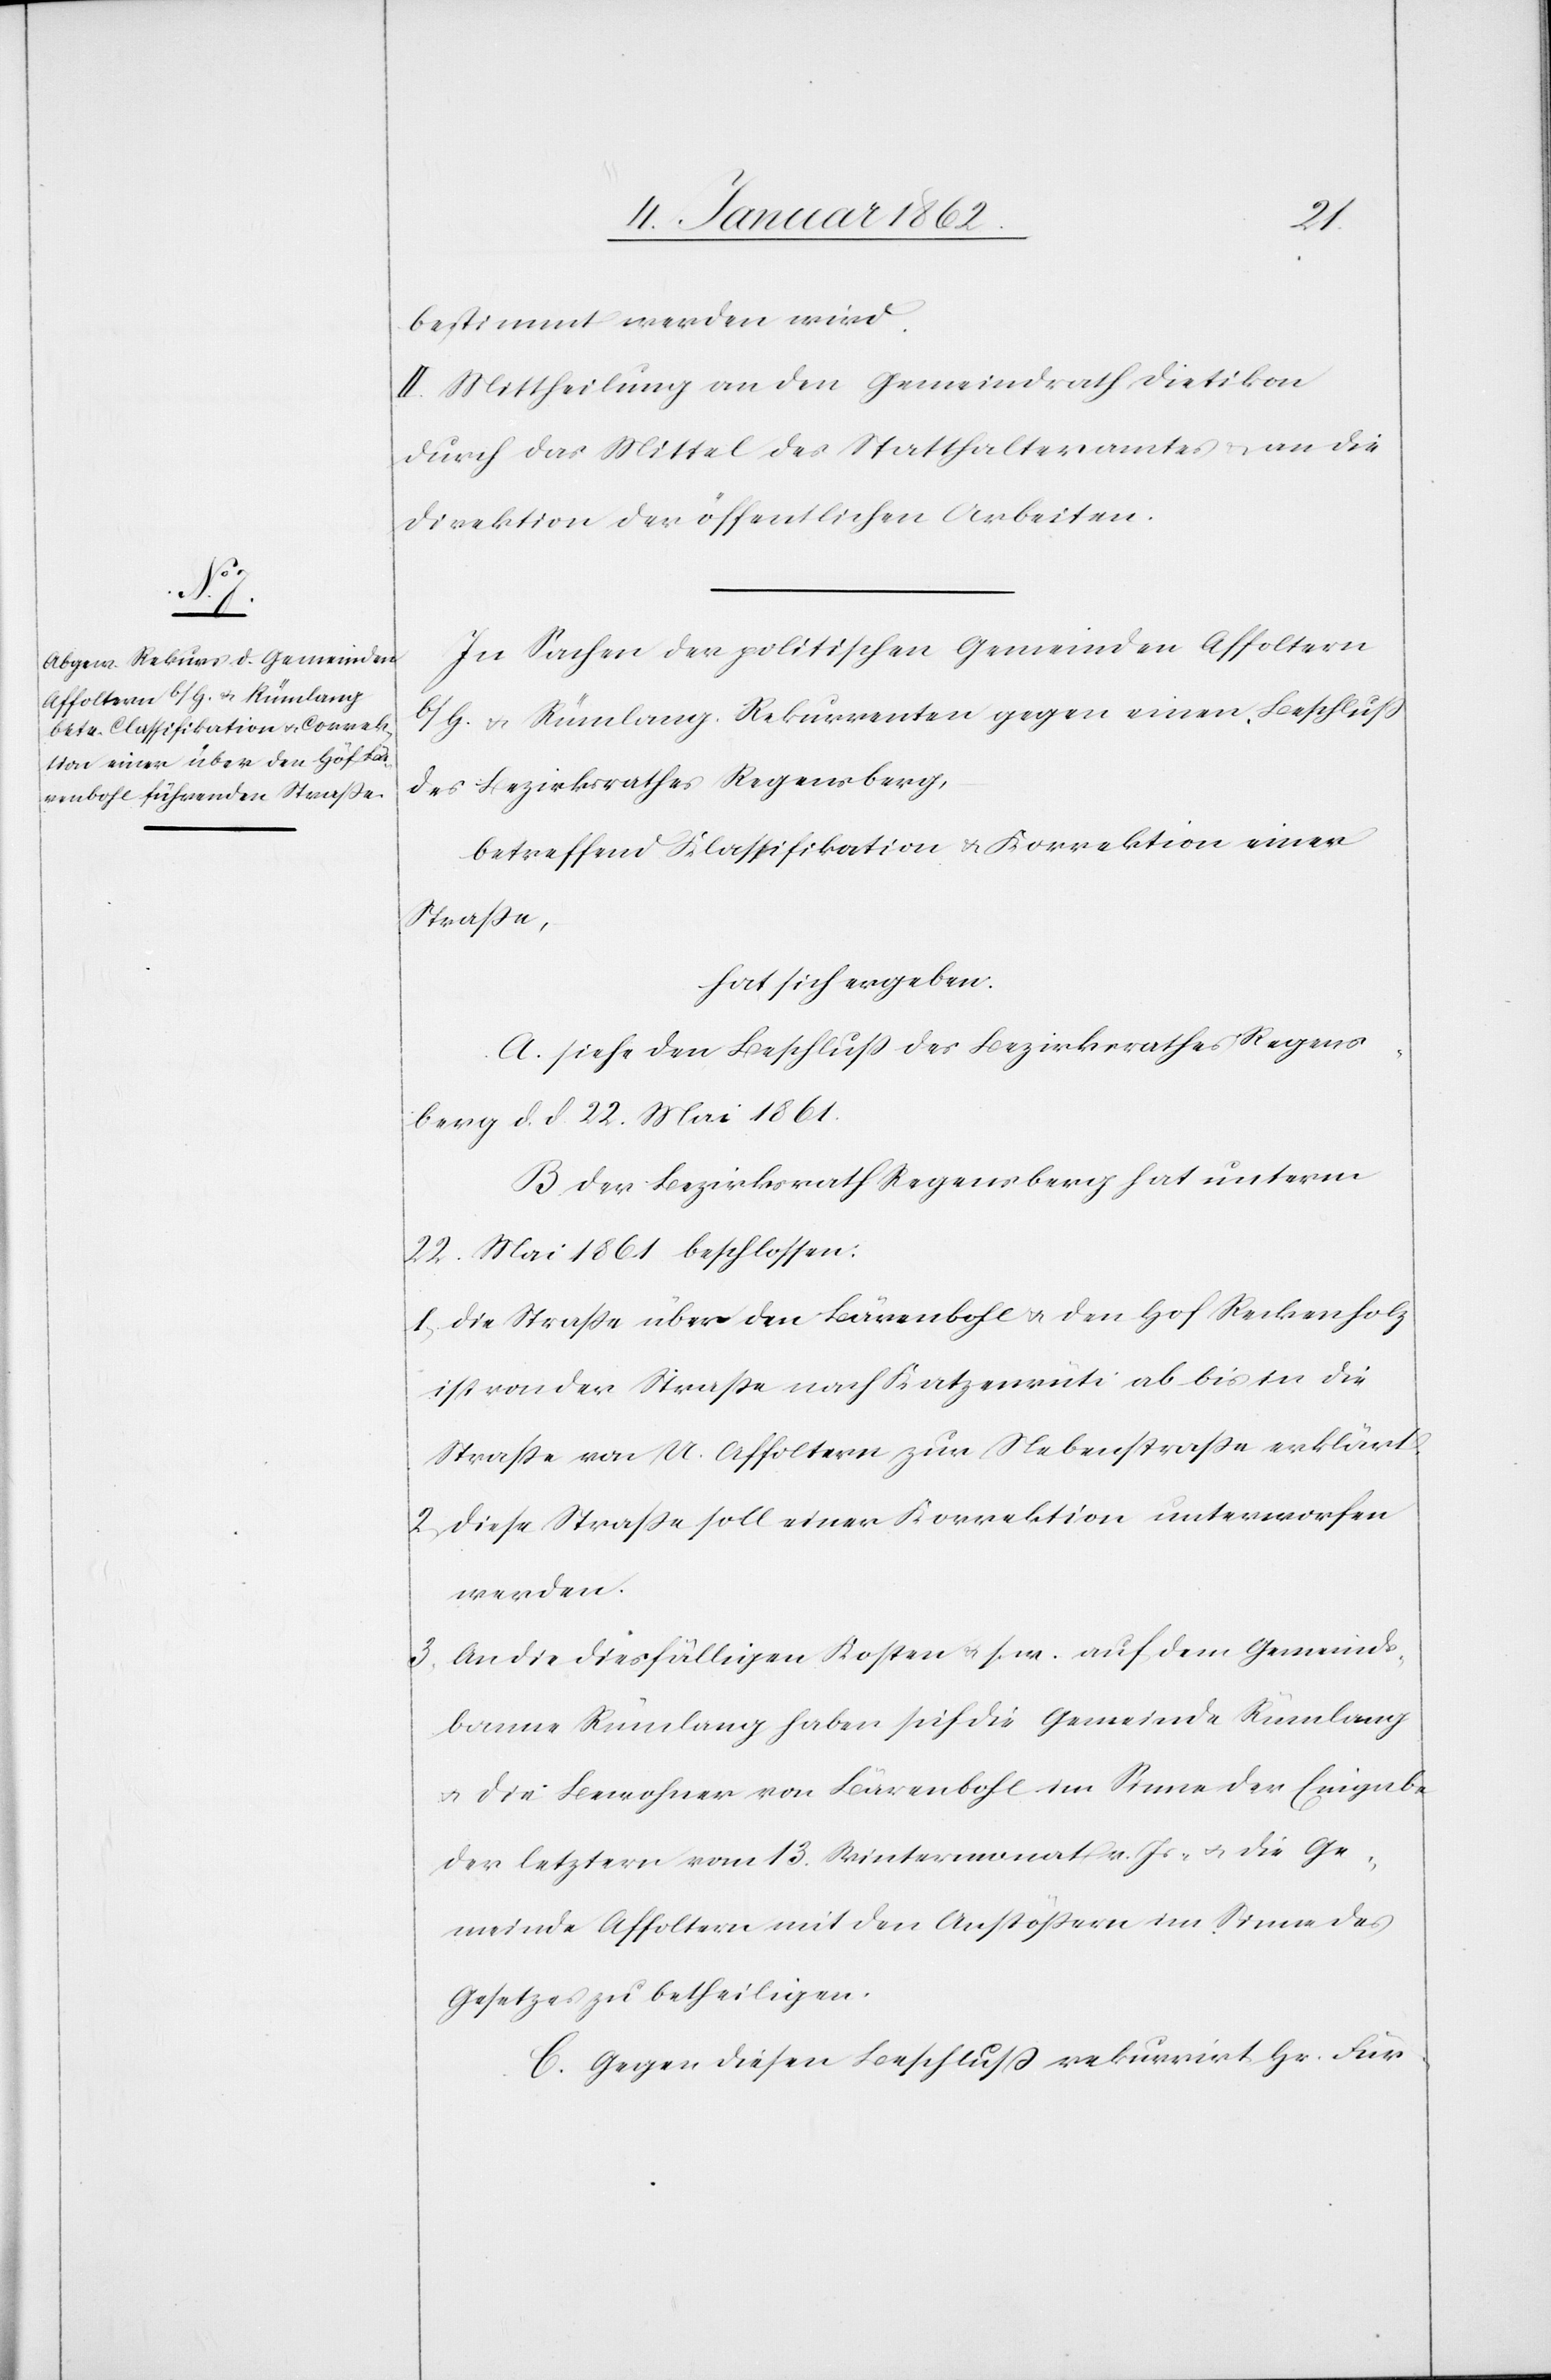
bestimmt werden wird.
II. Mittheilung an den Gemeindrath Dietikon
durch das Mittel des Statthalteramtes u. an die
Direktion der öffentlichen Arbeiten.
In Sachen der politischen Gemeinden Affoltern
b/H. u. Rümlang, Rekurrenten gegen einen Beschluß
des Bezirksrathes Regensberg,
betreffend Klassifikation u. Korrektion einer
Straße,
hat sich ergeben:
A. Siehe den Beschluß des Bezirksrathes Regens¬
berg d. d. 22. Mai 1861.
B. Der Bezirksrath Regensberg hat unterm
22. Mai 1861 beschlossen:
1. Die Straße über den Bärenbohl u. den Hof Reckenholz
ist von der Straße nach Katzenrüti ab bis in die
Straße nach U. Affoltern zur Nebenstraße erklärt.
2. Diese Straße soll einer Korrektion unterworfen
werden.
3. An die diesfälligen Kosten u. s. w. auf dem Gemeinds¬
banne Rümlang haben sich die Gemeinde Rümlang
u. die Bewohner von Bärenbohl im Sinne der Eingabe
der letztern vom 13. Wintermonat v. Js. u. die Ge¬
meinde Affoltern mit den Anstößern im Sinne des
Gesetzes zu betheiligen.
C. Gegen diesen Beschluß rekurrirt Hr. Für-